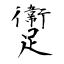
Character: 躛